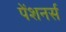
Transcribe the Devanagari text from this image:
पेंशनर्स